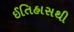
ઈતિહાસથી